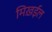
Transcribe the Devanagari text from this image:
मिख़ईल